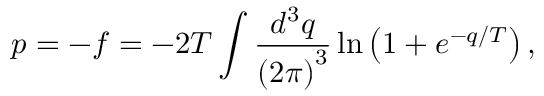
p = - f = - 2 T \int \frac { d ^ { 3 } q } { \left( 2 \pi \right) ^ { 3 } } \ln \left( 1 + e ^ { - q / T } \right) ,